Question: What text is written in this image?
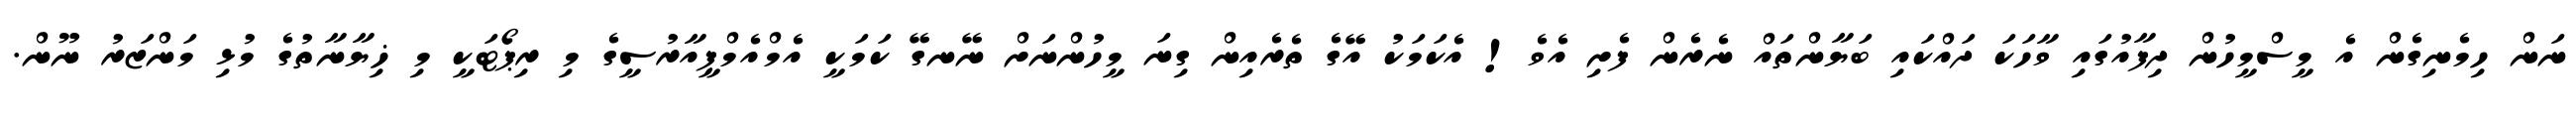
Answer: ނަން ހިމެނިގެން އެ މީސްމީހުން ދިފާއުގައި ވާހަކަ ދައްކައި ބަޔާންތައް ނެރެން ފެށި އެވެ! އެކަމަކު އޭގެ ތެރެއިން ގިނަ މީހުންނަށް ނޭނގޭ ކަމަކީ އެމްއެމްޕީއާރުސީގެ މި ރިޕޯޓަކީ މި ޚިޔާނާތުގެ މުޅި މަންޒަރު ނޫން.